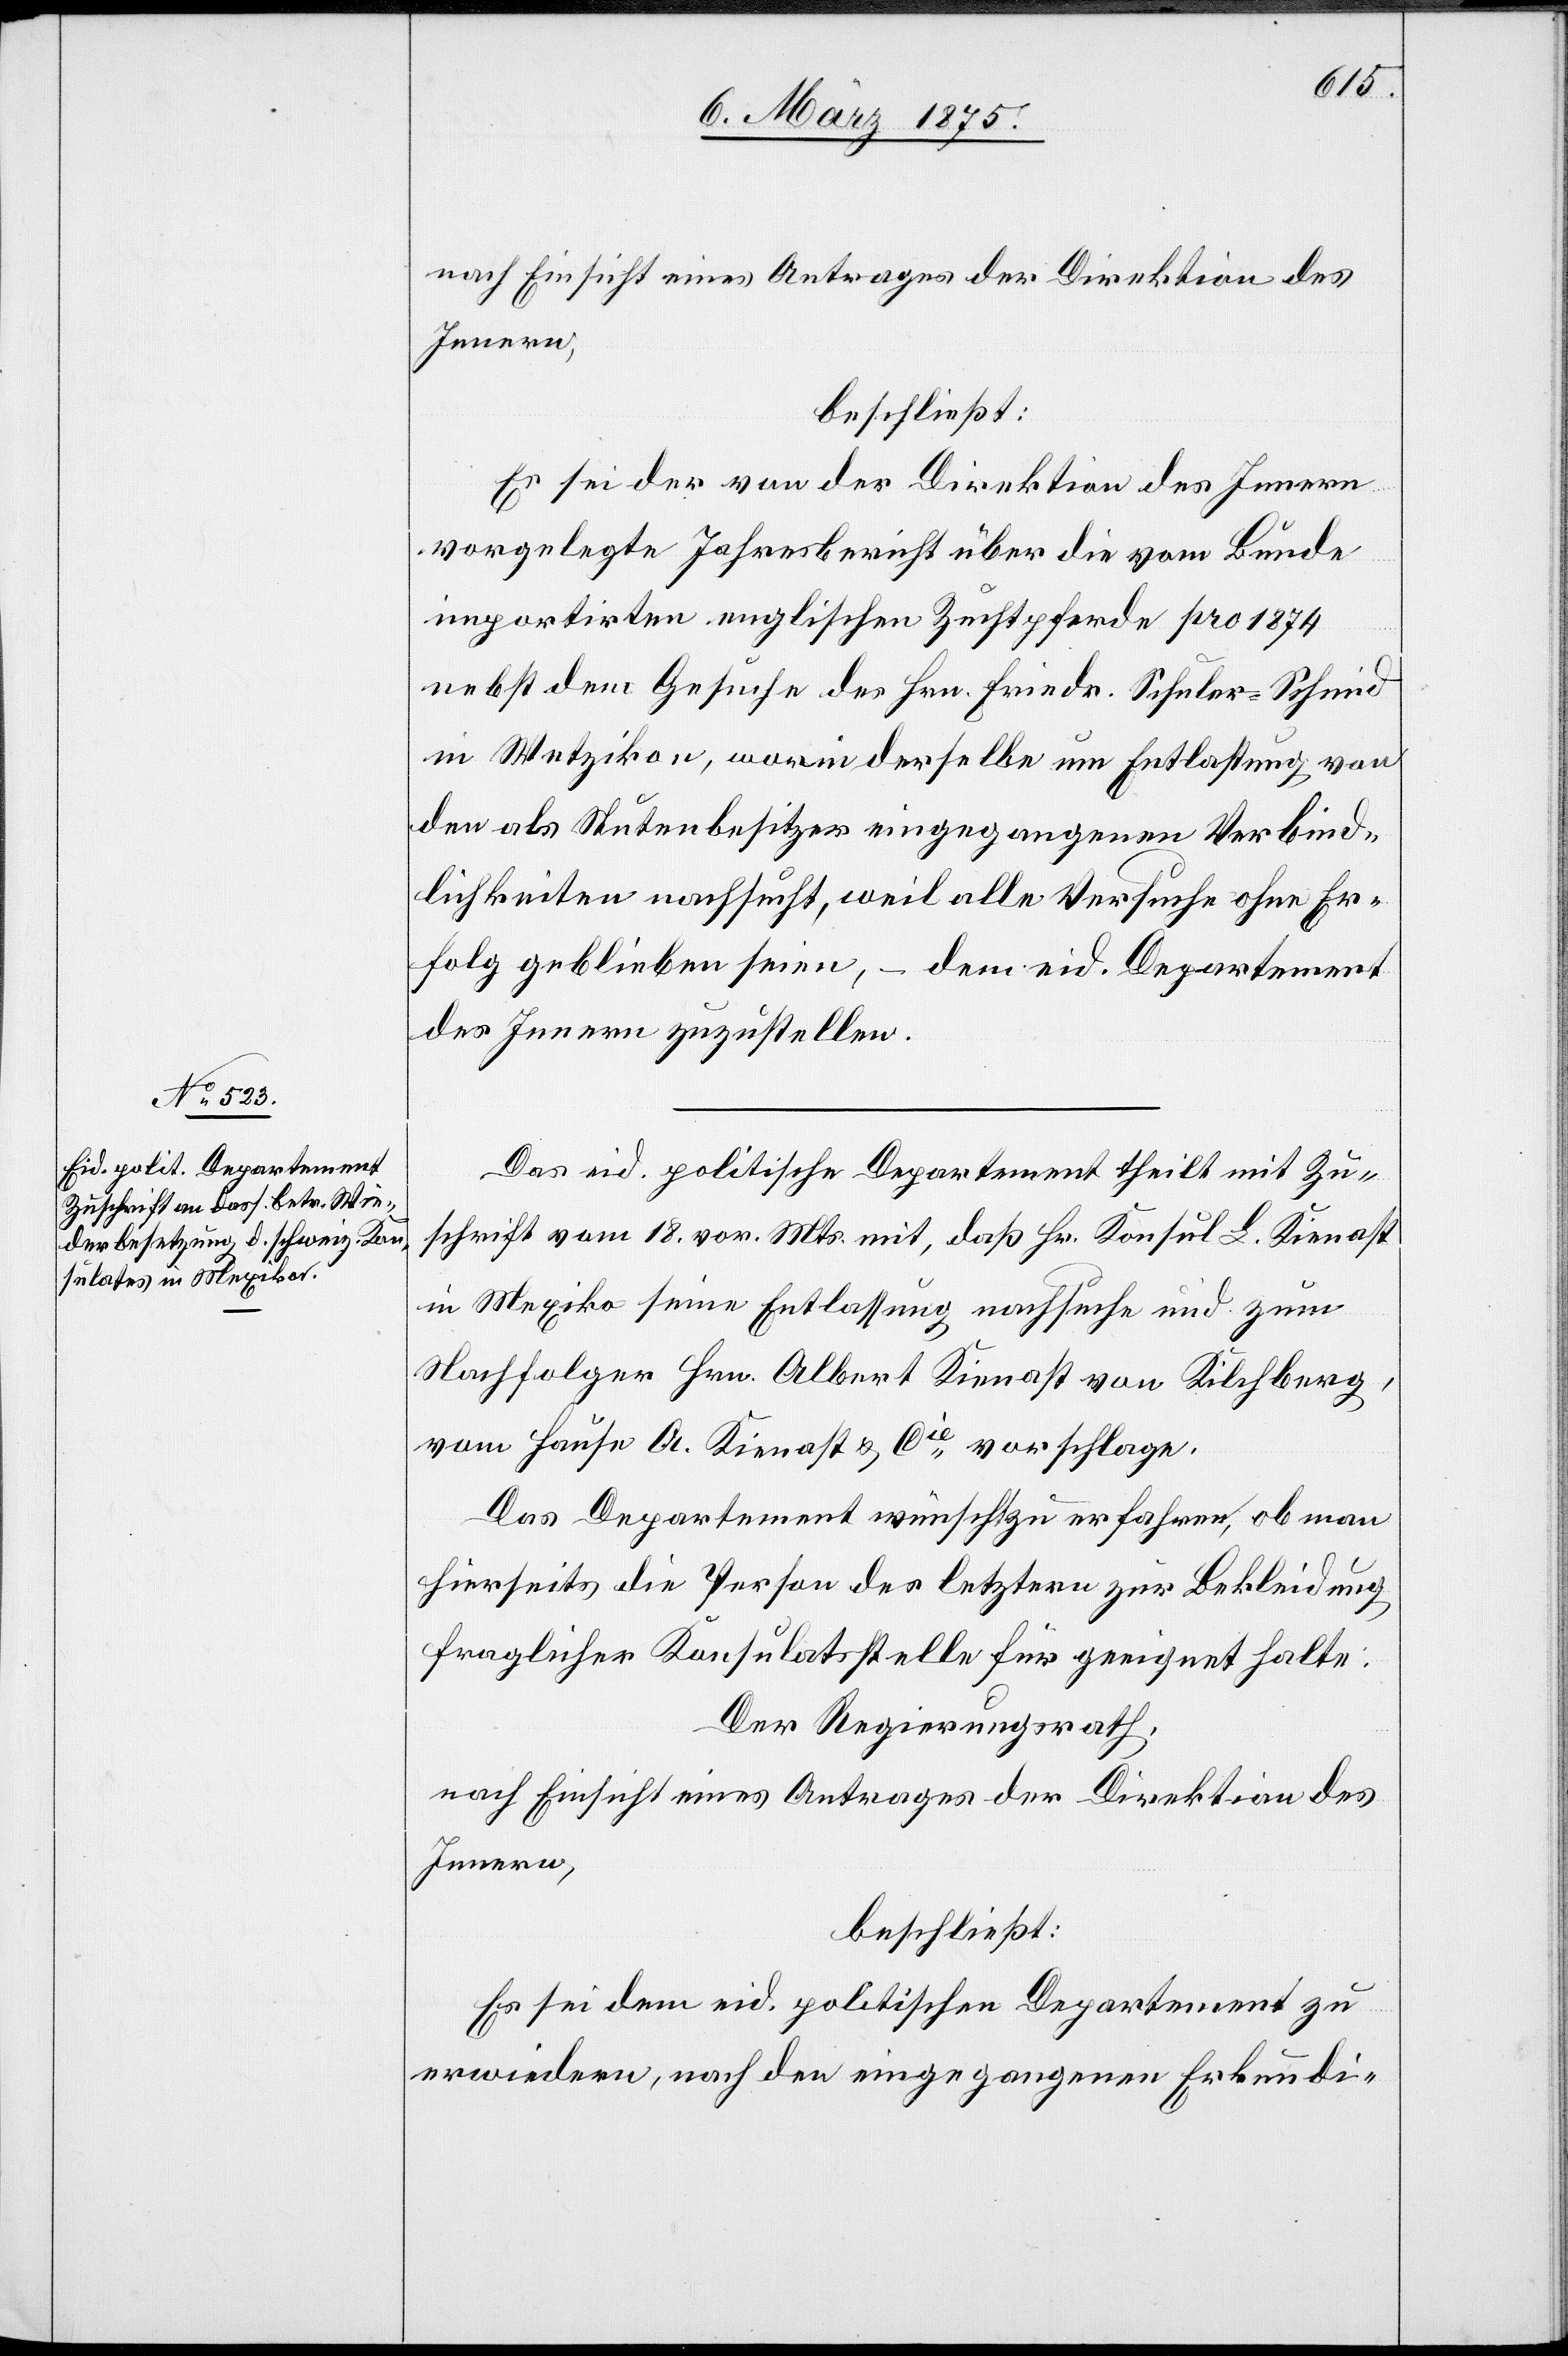
nach Einsicht eines Antrages der Direktion des
Innern,
beschließt:
Es sei das von der Direktion des Innern
vorgelegten Jahresbericht über die vom Bunde
importirten englischen Zuchtpferde pro 1874
nebst dem Gesuche des Hrn. Friedr. Schuler-Schmid
in Wetzikon, worin derselbe um Entlastung von
den Stutenbesitzer eingegangenen Verbind¬
lichkeiten nachsucht, weil alle Versuche ohne Er¬
folg geblieben seien, – dem eid. Departement
des Innern zuzustellen.
Das eid. politische Departement theilt mit Zu¬
schrift vom 18. vor. Mts. mit, daß Hr. Konsul L. Kienast
in Mexiko seine Entlassung nachsuche und zum
Nachfolger Hrn. Albert Kienast von Kilchberg,
vom Hause A. Kienast & Cie vorschlage.
Das Departement wünscht zu erfahren, ob man
hierseits die Person der letztern zur Bekleidung
fraglicher Konsulatsstelle für geeignet halte:
Der Regierungsrath,
nach Einsicht eines Antrages der Direktion des
Innern,
beschließt:
Es sei dem eid. politischen Departement zu
erwiedern, nach den eingegangenen Erkundi-